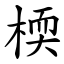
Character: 㮕